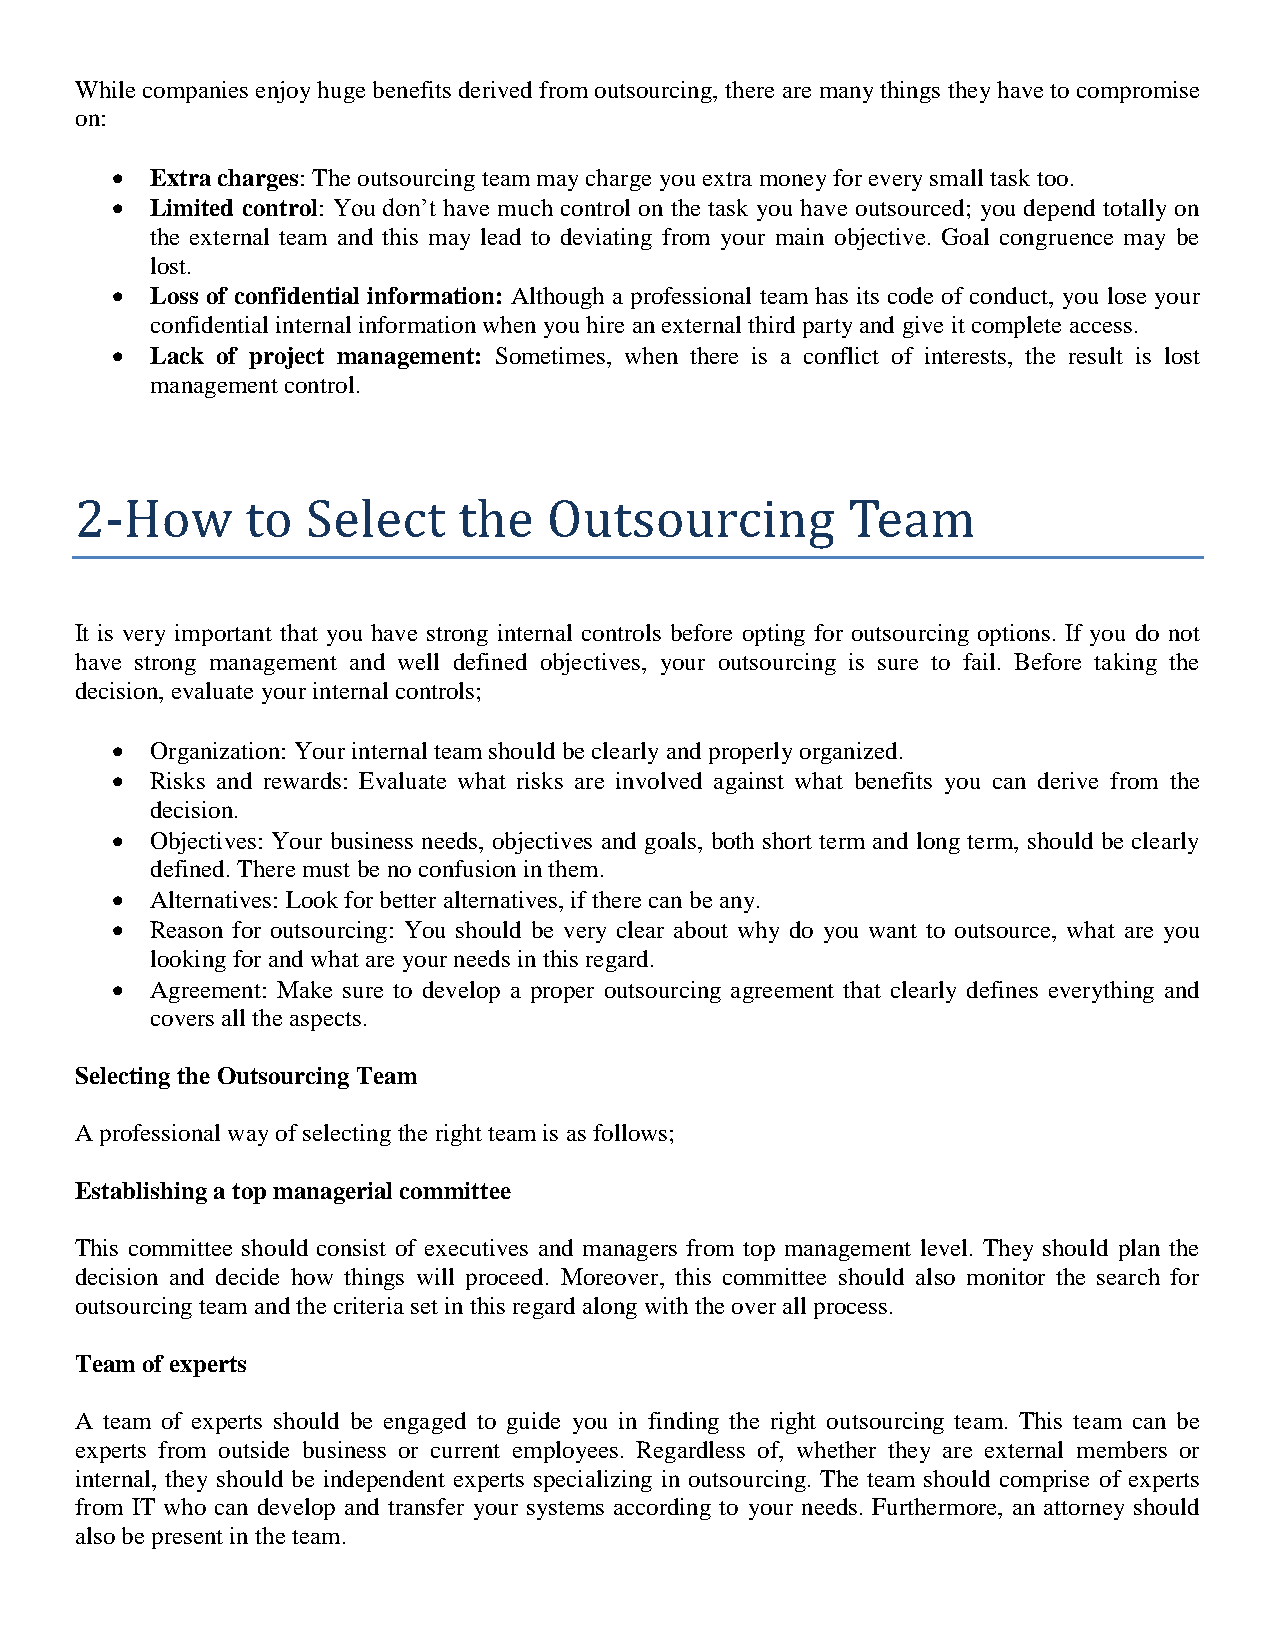
While companies enjoy huge benefits derived from outsourcing, there are many things they have to compromise
 on:
   Extra charges: The outsourcing team may charge you extra money for every small task too.
   Limited control: You don’t have much control on the task you have outsourced; you depend totally on
 the external team and this may lead to deviating from your main objective. Goal congruence may be
 lost.
   Loss of confidential information: Although a professional team has its code of conduct, you lose your
 confidential internal information when you hire an external third party and give it complete access.
   Lack of project management: Sometimes, when there is a conflict of interests, the result is lost
 management control.
 2-How      to  Select    the   Outsourcing         Team
 It is very important that you have strong internal controls before opting for outsourcing options. If you do not
 have strong management and well defined objectives, your outsourcing is sure to fail. Before taking the
 decision, evaluate your internal controls;
   Organization: Your internal team should be clearly and properly organized.
   Risks and rewards: Evaluate what risks are involved against what benefits you can derive from the
 decision.
   Objectives: Your business needs, objectives and goals, both short term and long term, should be clearly
 defined. There must be no confusion in them.
   Alternatives: Look for better alternatives, if there can be any.
   Reason for outsourcing: You should be very clear about why do you want to outsource, what are you
 looking for and what are your needs in this regard.
   Agreement: Make sure to develop a proper outsourcing agreement that clearly defines everything and
 covers all the aspects.
 Selecting the Outsourcing Team
 A professional way of selecting the right team is as follows;
 Establishing a top managerial committee
 This committee should consist of executives and managers from top management level. They should plan the
 decision and decide how things will proceed. Moreover, this committee should also monitor the search for
 outsourcing team and the criteria set in this regard along with the over all process.
 Team of experts
 A team of experts should be engaged to guide you in finding the right outsourcing team. This team can be
 experts from outside business or current employees. Regardless of, whether they are external members or
 internal, they should be independent experts specializing in outsourcing. The team should comprise of experts
 from IT who can develop and transfer your systems according to your needs. Furthermore, an attorney should
 also be present in the team.